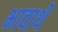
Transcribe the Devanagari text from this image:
भावार्थे